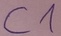
Text: C1